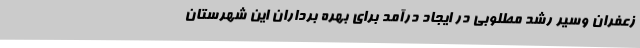
زعفران وسیر رشد مطلوبی در ایجاد درآمد برای بهره برداران این شهرستان